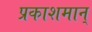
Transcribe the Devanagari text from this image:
प्रकाशमान्‌